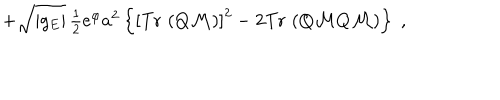
+ \sqrt { | g _ { E } | } \, \textstyle { \frac { 1 } { 2 } } e ^ { \varphi } a ^ { 2 } \left\{ \left[ \mathrm { T r } \, \left( Q \mathcal { M } \right) \right] ^ { 2 } - 2 \mathrm { T r } \, \left( Q \mathcal { M } Q \mathcal { M } \right) \right\} \; ,